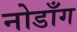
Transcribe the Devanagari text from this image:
नोडाँग